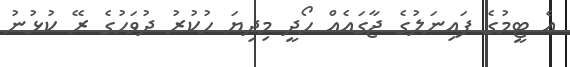
އެ ޓީމުގެ ފައިނަލުގެ ޖާގައެއް ހޯދީ މިދިޔަ ހުކުރު ދުވަހުގެ ރޭ ކުޅުނު